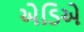
એડિએ